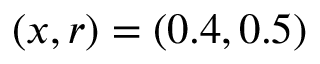
( x , r ) = ( 0 . 4 , 0 . 5 )